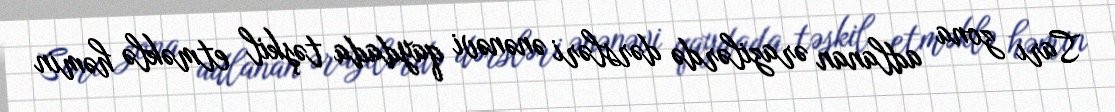
Sarı zona adlanan ərazilərdə dərsləri ənənəvi qaydada təşkil etməklə həmin